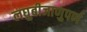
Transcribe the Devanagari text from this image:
लघुबीजाणुपर्ण